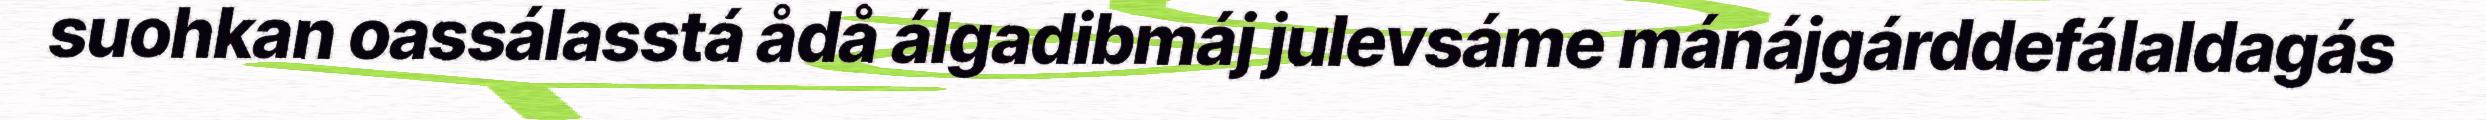
suohkan oassálasstá ådå álgadibmáj julevsáme mánájgárddefálaldagás